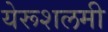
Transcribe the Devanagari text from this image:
येरूशलमी